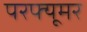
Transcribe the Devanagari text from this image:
परफ्यूमर